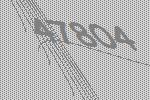
47804